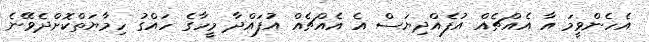
އެހެންވީމަ އާ އެއްޗެއް އުފެއްދިޔަސް އެ އެއްޗެއް އުފައްދާ މީހާގެ ހައްގު ހިމާޔަތްކޮށްދެވޭނެ